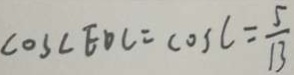
\cos \angle E O C = \cos C = \frac { 5 } { 1 3 }